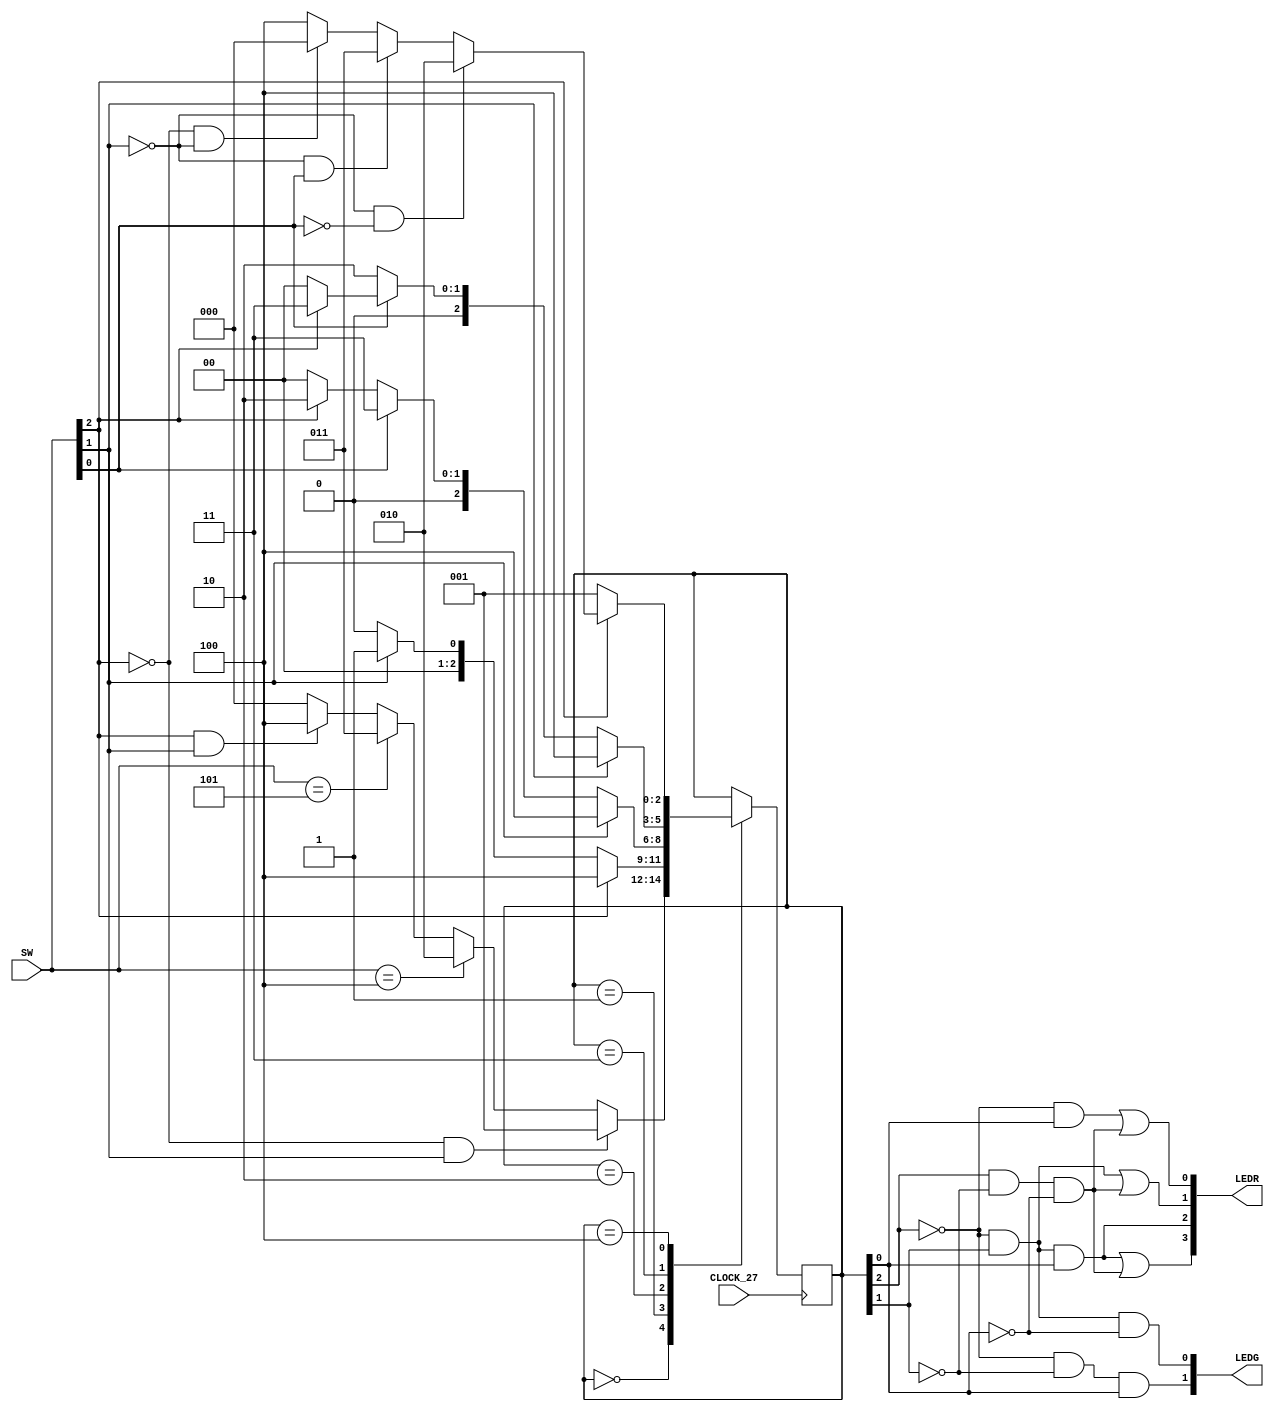
module portagiratoria(SW, LEDR, LEDG, CLOCK_27);

input [0:0]CLOCK_27;
input [2:0]SW; // [0] Metal, [1] Pessoa saindo, [2] Pessoa entrando.

output [1:0]LEDG; // [1] Pode sair, [0] Pode entrar.
output [3:0]LEDR; // [3] Porta travada, [2] "Parulho", [1] No pode sair, [0] No pode entrar.

reg [2:0]ESTADO; // de 0 a 4.

parameter A = 3'b000, B = 3'b001, C = 3'b010, D = 3'b011, E = 3'b100; 

// TRANSIO DE ESTADOS

initial ESTADO = A;
always @(posedge CLOCK_27[0])
begin
	case (ESTADO)
		A: if(SW[2] == 0 && SW[1] == 1) ESTADO <= B; 
			else if (SW == 3'b100) ESTADO <= C;
			else if(SW == 3'b101) ESTADO <= D; 
			else if (SW[2] == 1 && SW[1] == 1) ESTADO <= E; 
			else ESTADO <= A;
			
		B: if(SW[2] == 1) ESTADO <= E; 
			else if (SW[1] == 0) ESTADO <= A; 
			else ESTADO <= B;
			
		C: if(SW[1] == 1) ESTADO <= E; 
			else if (SW [0] == 1) ESTADO <= D; 
			else if (SW[2] == 0) ESTADO <= A; 
			else ESTADO <= C;
		
		D: if(SW[1] == 1) ESTADO <= E; 
			else if (SW[0] == 0) ESTADO <= C; 
			else if(SW[2] == 0) ESTADO <= A; 
			else ESTADO <= D;
			
		E: if(SW[2] == 0) ESTADO <= B;
			else if (SW [1] == 0 && SW[0] == 0) ESTADO <= C; 
			else if(SW[1] == 0 && SW[0] == 1) ESTADO <= D;
			else if(SW[2] == 0 && SW[1] == 0) ESTADO <= A;
			else ESTADO <= E;
	endcase
end

// GERAO DAS SAIDAS
assign LEDG[0] = (~ESTADO[2] && ESTADO[1] && ~ESTADO[0]); // ESTADO C PODE ENTRAR.
assign LEDG[1] = (~ESTADO[2] && ~ESTADO[1] && ESTADO[0]); // ESTADO B PODE SAIR.

assign LEDR[0] = ((~ESTADO[2] && ESTADO[0]) || (ESTADO[2] && ~ESTADO[1] && ~ESTADO[0])); // MAPA DE KARNAUGH. ESTADO B, D, E NO PODE ENTRAR.
assign LEDR[1] = ((~ESTADO[2] && ESTADO[1]) || (ESTADO[2] && ~ESTADO[1] && ~ESTADO[0])); // MAPA DE KARNAUGH. ESTADO C, D, E NO SAIR.

assign LEDR[2] = (~ESTADO[2] && ESTADO[1] && ESTADO[0]); //ESTADO D LIGA A BUZINA. 
assign LEDR[3] = ((~ESTADO[2] && ESTADO[1] && ESTADO[0]) || (ESTADO[2] && ~ESTADO[1] && ~ESTADO[0])); //D, E PORTA TRAVA.

endmodule